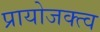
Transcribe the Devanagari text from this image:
प्रायोजक्त्व